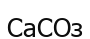
СаСОз